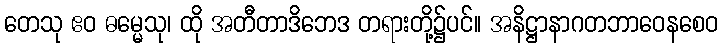
တေသု ဧဝ ဓမ္မေသု၊ ထို အတီတာဒိဘေဒ တရားတို့၌ပင်။ အနိဋ္ဌာနာဂတဘာဝေနစေဝ